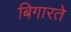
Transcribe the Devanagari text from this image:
बिगारते